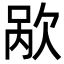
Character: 𬅥